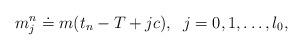
LaTeX: \begin{align*}m^n_j \doteq m(t_n -T +jc), \;\;j = 0,1,\dots,l_0,\end{align*}